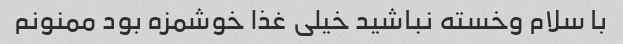
با سلام وخسته نباشید خیلی غذا خوشمزه بود ممنونم